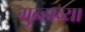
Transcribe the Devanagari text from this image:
गुन्हाच्या